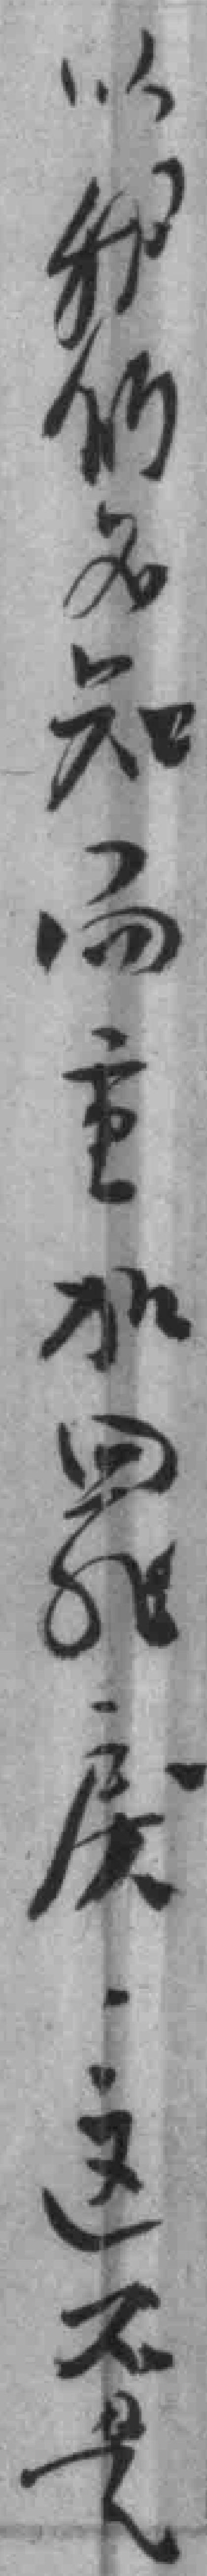
以我们名知過重加罪戾这不是